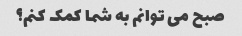
صبح می توانم به شما کمک کنم؟